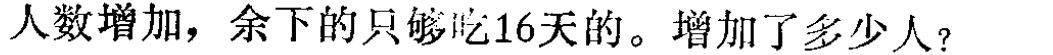
人数增加，余下的只够吃16天的。增加了多少人？